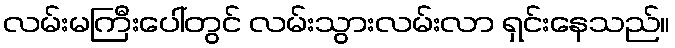
လမ်းမကြီးပေါ်တွင် လမ်းသွားလမ်းလာ ရှင်းနေသည်။